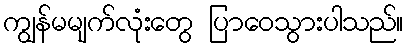
ကျွန်မမျက်လုံးတွေ ပြာဝေသွားပါသည်။